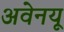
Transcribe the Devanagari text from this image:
अवेनयू